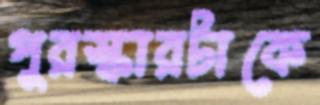
পুরস্কারটাকে